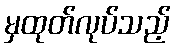
မှထုတ်လုပ်သည့်